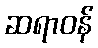
ဆရာဝန်